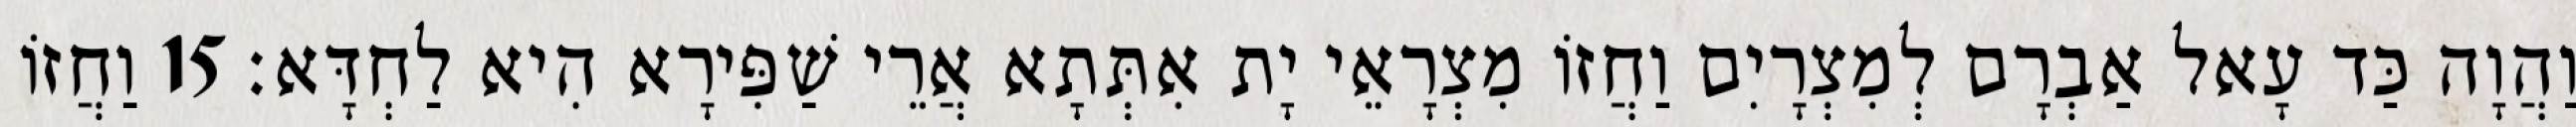
וַהֲוָה כַּד עָאל אַבְרָם לְמִצְרָיִם וַחֲזוֹ מִצְרָאֵי יָת אִתְּתָא אֲרֵי שַׁפִּירָא הִיא לַחְדָּא׃ 15 וַחֲזוֹ